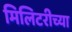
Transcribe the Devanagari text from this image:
मिलिटरीच्या